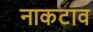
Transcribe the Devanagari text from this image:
नाकटाव